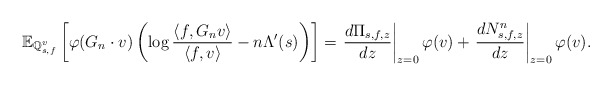
\begin{align*}\mathbb{E}_{\mathbb{Q}_{s,f}^{v}} \left[ \varphi(G_n \cdot v) \left( \log \frac{\langle f, G_n v \rangle}{\langle f, v \rangle} - n\Lambda'(s) \right) \right] = \left. \frac{ d \Pi_{s,f,z} }{ dz } \right|_{z=0} \varphi(v) + \left. \frac{ d N^{n}_{s,f,z} }{ dz } \right|_{z=0} \varphi(v).\end{align*}